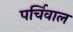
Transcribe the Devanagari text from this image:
पर्चिवाल